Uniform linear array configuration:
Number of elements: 8
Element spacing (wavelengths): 0.5
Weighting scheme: hann
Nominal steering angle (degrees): -45
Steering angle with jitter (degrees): -46.104
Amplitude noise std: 0.05
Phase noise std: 0.05

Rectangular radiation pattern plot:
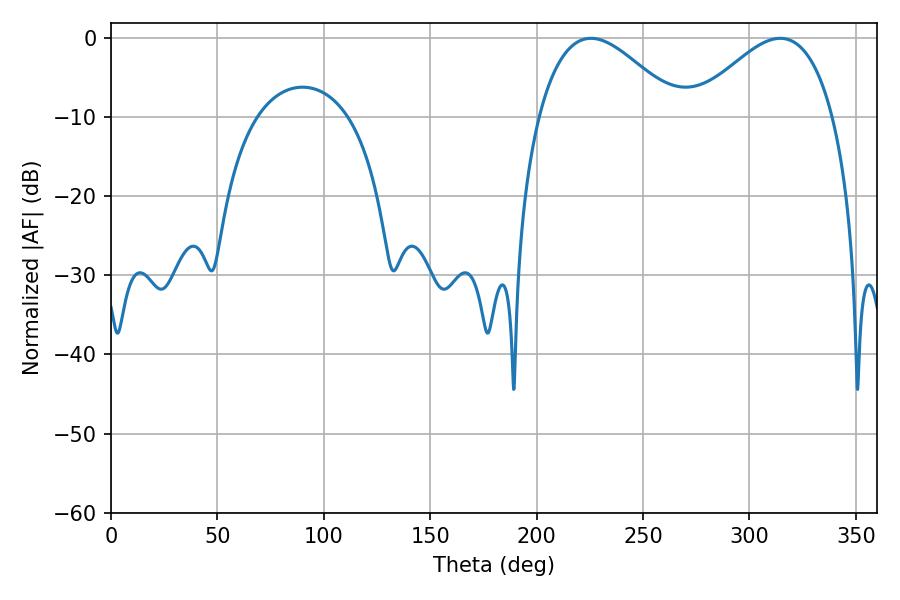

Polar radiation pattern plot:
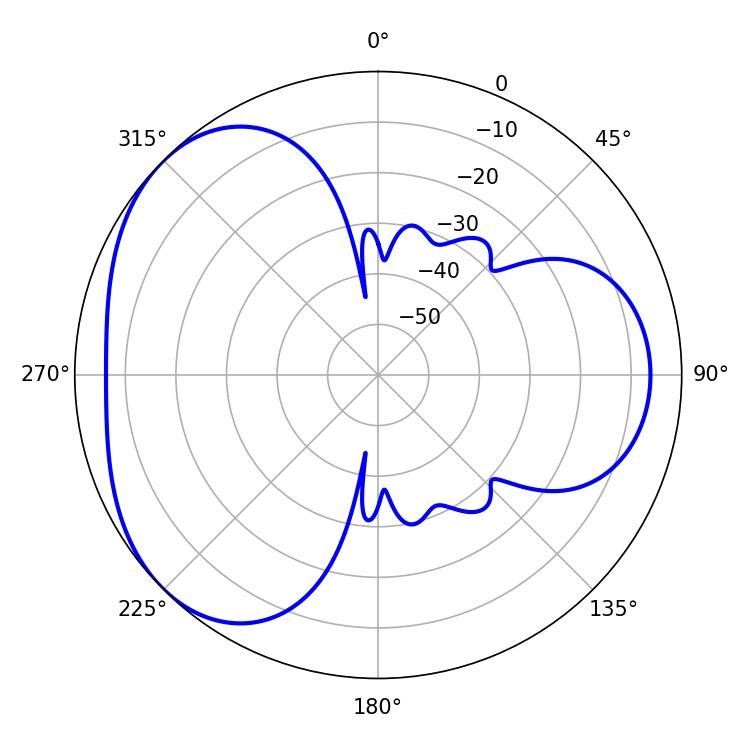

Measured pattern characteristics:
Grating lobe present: FALSE
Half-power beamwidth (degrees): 35.64
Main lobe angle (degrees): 225.54